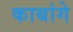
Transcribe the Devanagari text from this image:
काबांगे